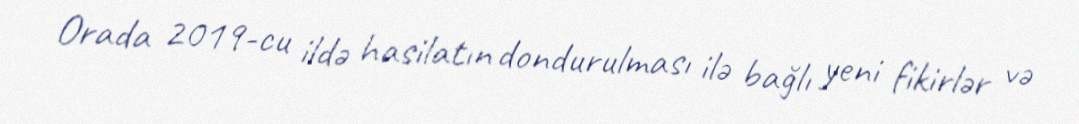
Orada 2019-cu ildə hasilatın dondurulması ilə bağlı yeni fikirlər və